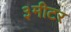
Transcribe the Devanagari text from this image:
३मीटर